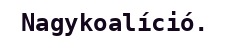
Nagykoalíció.